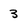
Character: 3